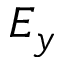
E _ { y }